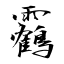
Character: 靏